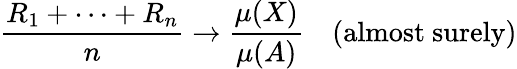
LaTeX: {\frac{R_{1}+\cdots+R_{n}}{n}}\rightarrow{\frac{\mu(X)}{\mu(A)}}\quad{\mathrm{(almost~surely)}}